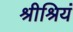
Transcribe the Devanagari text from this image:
श्रीश्रियं